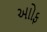
આોફ